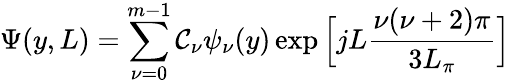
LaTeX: \Psi(y,L)=\sum_{\nu=0}^{m-1}\mathcal{C}_{\nu}\psi_{\nu}(y)\exp{\Big[jL\frac{{\nu(\nu+2)\pi}}{{3L_{\pi}}}\Big]}